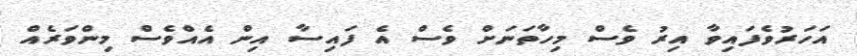
އަހަރުވެފައިވާ އިރު ވެސް މިހާތަނަށް ވެސް އެ ފައިސާ އިން އެއްވެސް މިންވަރެއް